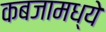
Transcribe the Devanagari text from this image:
कबजामध्ये